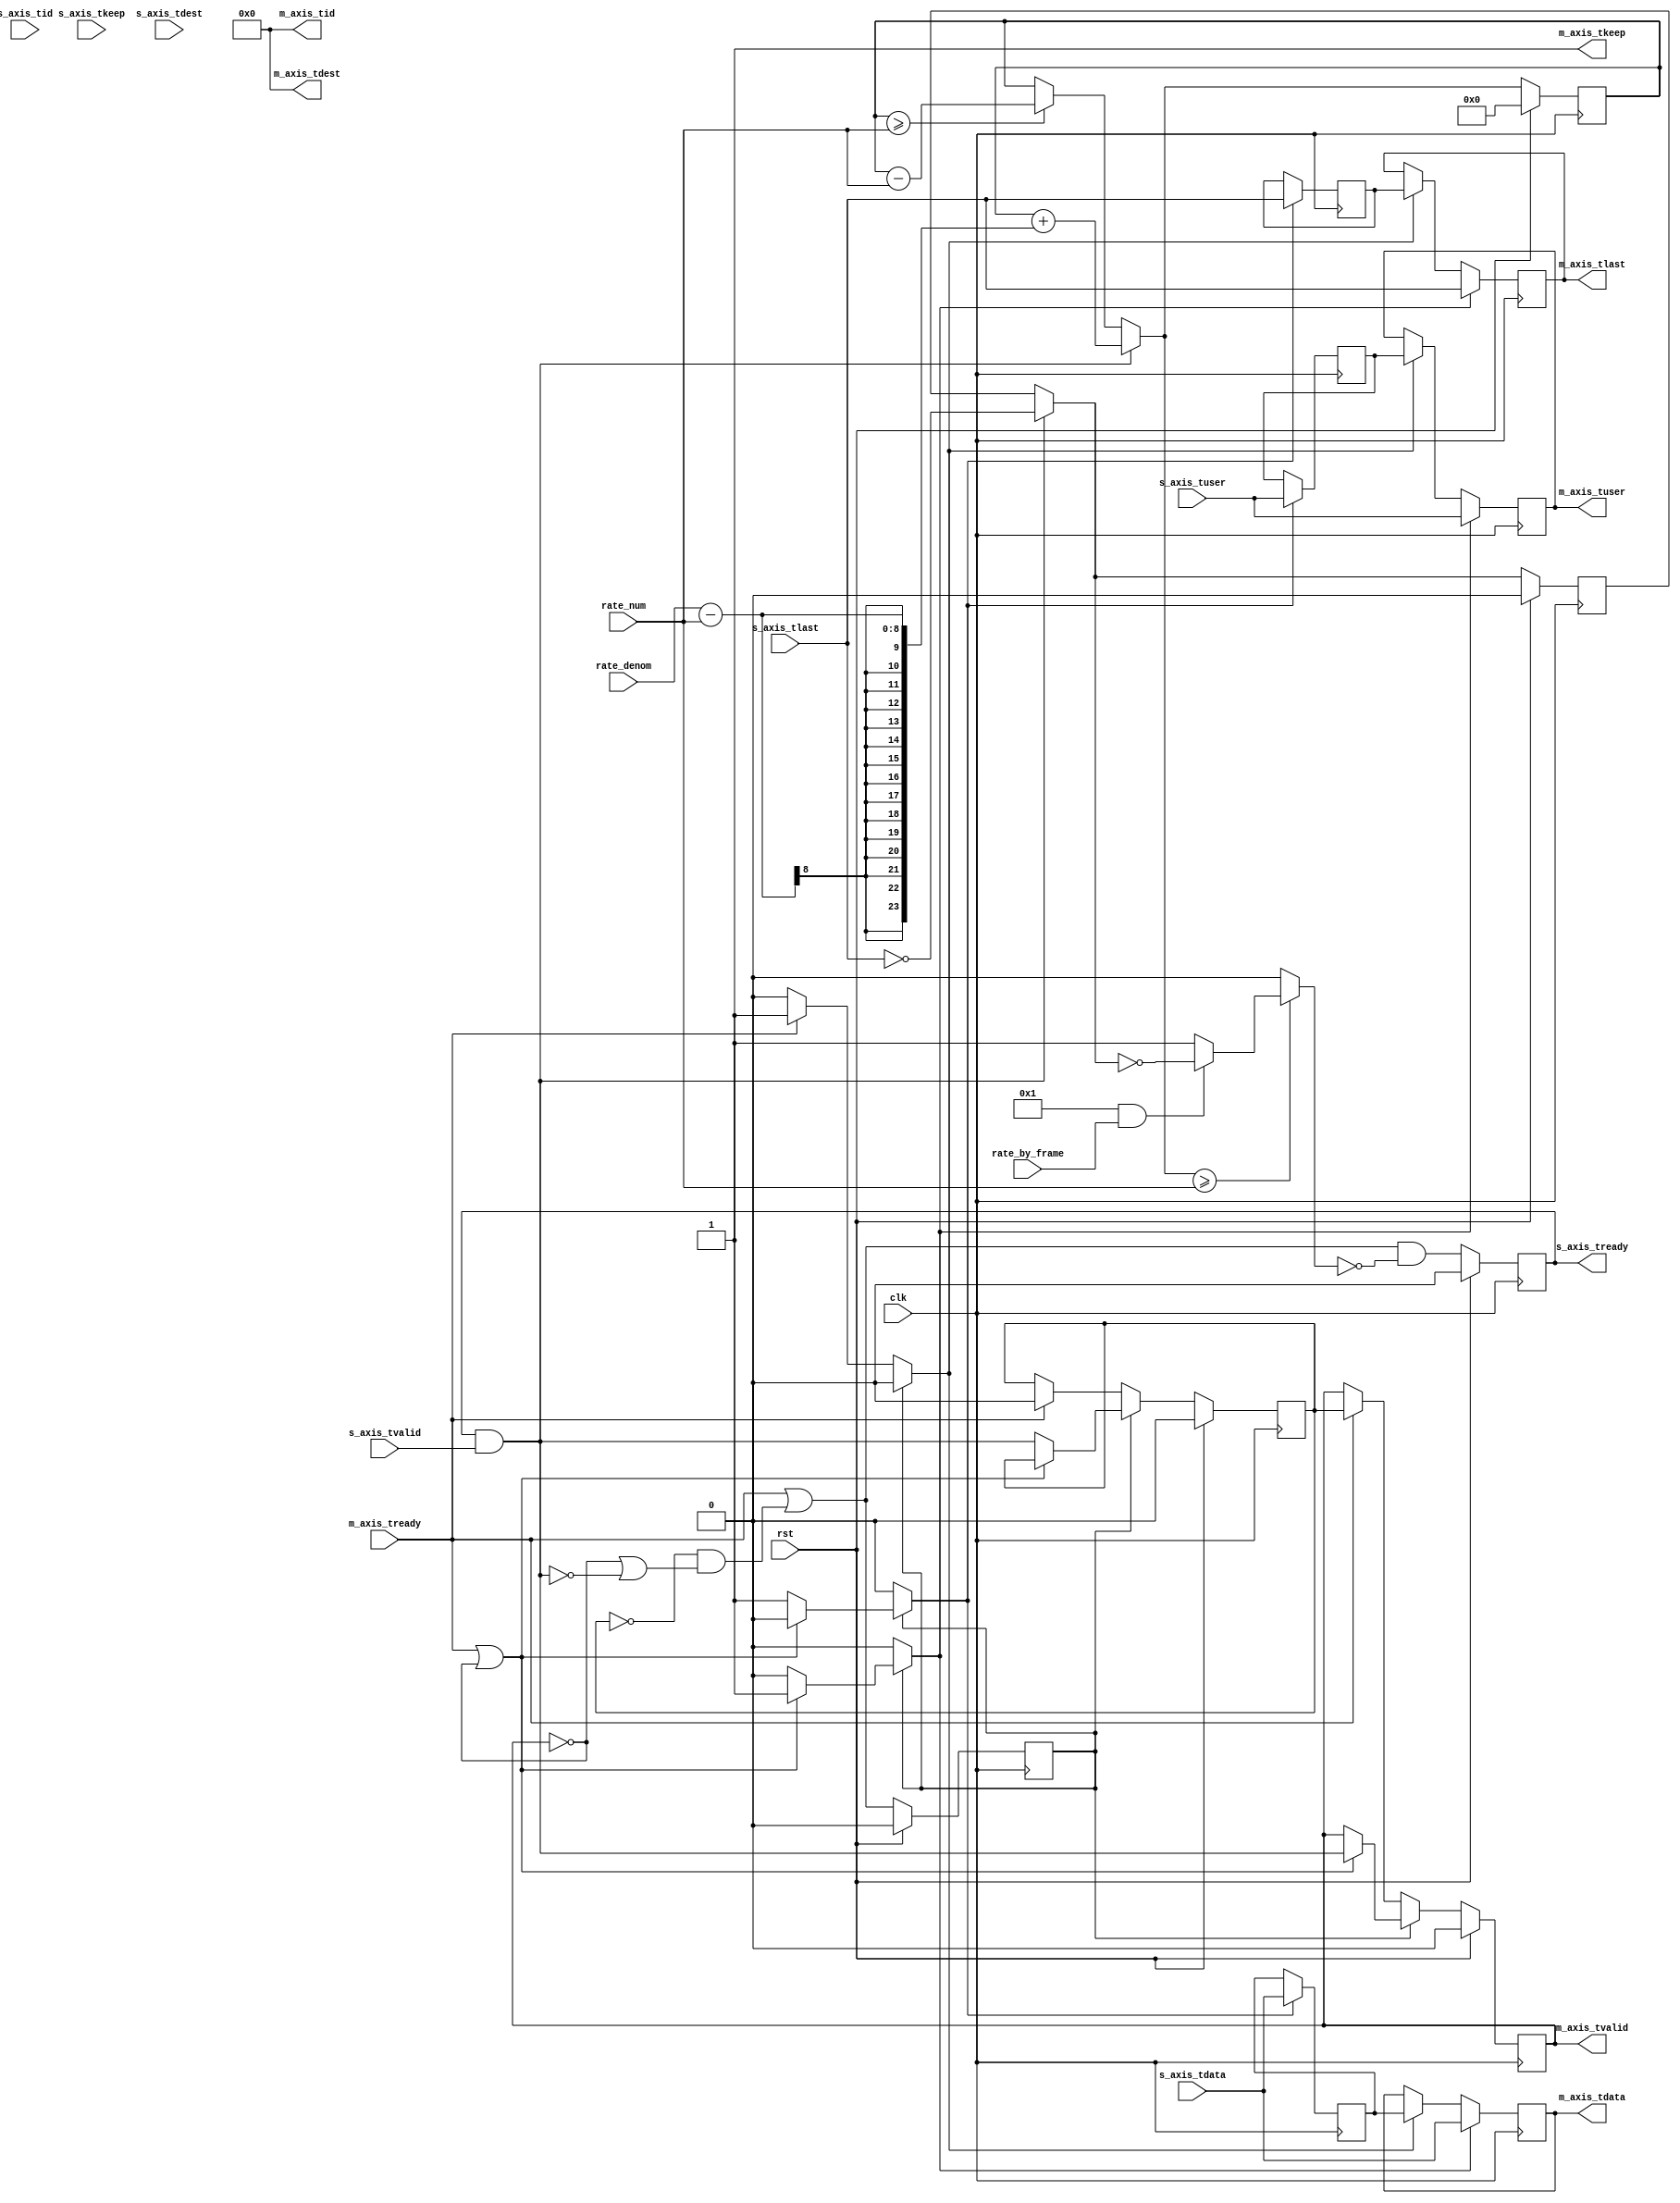
/*

Copyright (c) 2014-2018 Alex Forencich

Permission is hereby granted, free of charge, to any person obtaining a copy
of this software and associated documentation files (the "Software"), to deal
in the Software without restriction, including without limitation the rights
to use, copy, modify, merge, publish, distribute, sublicense, and/or sell
copies of the Software, and to permit persons to whom the Software is
furnished to do so, subject to the following conditions:

The above copyright notice and this permission notice shall be included in
all copies or substantial portions of the Software.

THE SOFTWARE IS PROVIDED "AS IS", WITHOUT WARRANTY OF ANY KIND, EXPRESS OR
IMPLIED, INCLUDING BUT NOT LIMITED TO THE WARRANTIES OF MERCHANTABILITY
FITNESS FOR A PARTICULAR PURPOSE AND NONINFRINGEMENT. IN NO EVENT SHALL THE
AUTHORS OR COPYRIGHT HOLDERS BE LIABLE FOR ANY CLAIM, DAMAGES OR OTHER
LIABILITY, WHETHER IN AN ACTION OF CONTRACT, TORT OR OTHERWISE, ARISING FROM,
OUT OF OR IN CONNECTION WITH THE SOFTWARE OR THE USE OR OTHER DEALINGS IN
THE SOFTWARE.

*/

// Language: Verilog 2001

`resetall
`timescale 1ns / 1ps
`default_nettype none

/*
 * AXI4-Stream rate limiter
 */
module axis_rate_limit #
(
    // Width of AXI stream interfaces in bits
    parameter DATA_WIDTH = 8,
    // Propagate tkeep signal
    // If disabled, tkeep assumed to be 1'b1
    parameter KEEP_ENABLE = (DATA_WIDTH>8),
    // tkeep signal width (words per cycle)
    parameter KEEP_WIDTH = ((DATA_WIDTH+7)/8),
    // Propagate tlast signal
    parameter LAST_ENABLE = 1,
    // Propagate tid signal
    parameter ID_ENABLE = 0,
    // tid signal width
    parameter ID_WIDTH = 8,
    // Propagate tdest signal
    parameter DEST_ENABLE = 0,
    // tdest signal width
    parameter DEST_WIDTH = 8,
    // Propagate tuser signal
    parameter USER_ENABLE = 1,
    // tuser signal width
    parameter USER_WIDTH = 1
)
(
    input  wire                   clk,
    input  wire                   rst,

    /*
     * AXI input
     */
    input  wire [DATA_WIDTH-1:0]  s_axis_tdata,
    input  wire [KEEP_WIDTH-1:0]  s_axis_tkeep,
    input  wire                   s_axis_tvalid,
    output wire                   s_axis_tready,
    input  wire                   s_axis_tlast,
    input  wire [ID_WIDTH-1:0]    s_axis_tid,
    input  wire [DEST_WIDTH-1:0]  s_axis_tdest,
    input  wire [USER_WIDTH-1:0]  s_axis_tuser,

    /*
     * AXI output
     */
    output wire [DATA_WIDTH-1:0]  m_axis_tdata,
    output wire [KEEP_WIDTH-1:0]  m_axis_tkeep,
    output wire                   m_axis_tvalid,
    input  wire                   m_axis_tready,
    output wire                   m_axis_tlast,
    output wire [ID_WIDTH-1:0]    m_axis_tid,
    output wire [DEST_WIDTH-1:0]  m_axis_tdest,
    output wire [USER_WIDTH-1:0]  m_axis_tuser,

    /*
     * Configuration
     */
    input  wire [7:0]             rate_num,
    input  wire [7:0]             rate_denom,
    input  wire                   rate_by_frame
);

// internal datapath
reg  [DATA_WIDTH-1:0] m_axis_tdata_int;
reg  [KEEP_WIDTH-1:0] m_axis_tkeep_int;
reg                   m_axis_tvalid_int;
reg                   m_axis_tready_int_reg = 1'b0;
reg                   m_axis_tlast_int;
reg  [ID_WIDTH-1:0]   m_axis_tid_int;
reg  [DEST_WIDTH-1:0] m_axis_tdest_int;
reg  [USER_WIDTH-1:0] m_axis_tuser_int;
wire                  m_axis_tready_int_early;

reg [23:0] acc_reg = 24'd0, acc_next;
reg pause;
reg frame_reg = 1'b0, frame_next;

reg s_axis_tready_reg = 1'b0, s_axis_tready_next;

assign s_axis_tready = s_axis_tready_reg;

always @* begin
    acc_next = acc_reg;
    pause = 1'b0;
    frame_next = frame_reg;

    if (acc_reg >= rate_num) begin
        acc_next = acc_reg - rate_num;
    end

    if (s_axis_tready && s_axis_tvalid) begin
        // read input
        frame_next = !s_axis_tlast;
        acc_next = acc_reg + (rate_denom - rate_num);
    end

    if (acc_next >= rate_num) begin
        if (LAST_ENABLE && rate_by_frame) begin
            pause = !frame_next;
        end else begin
            pause = 1'b1;
        end
    end

    s_axis_tready_next = m_axis_tready_int_early && !pause;

    m_axis_tdata_int  = s_axis_tdata;
    m_axis_tkeep_int  = s_axis_tkeep;
    m_axis_tvalid_int = s_axis_tvalid && s_axis_tready;
    m_axis_tlast_int  = s_axis_tlast;
    m_axis_tid_int    = s_axis_tid;
    m_axis_tdest_int  = s_axis_tdest;
    m_axis_tuser_int  = s_axis_tuser;
end

always @(posedge clk) begin
    acc_reg <= acc_next;
    frame_reg <= frame_next;
    s_axis_tready_reg <= s_axis_tready_next;

    if (rst) begin
        acc_reg <= 24'd0;
        frame_reg <= 1'b0;
        s_axis_tready_reg <= 1'b0;
    end
end

// output datapath logic
reg [DATA_WIDTH-1:0] m_axis_tdata_reg  = {DATA_WIDTH{1'b0}};
reg [KEEP_WIDTH-1:0] m_axis_tkeep_reg  = {KEEP_WIDTH{1'b0}};
reg                  m_axis_tvalid_reg = 1'b0, m_axis_tvalid_next;
reg                  m_axis_tlast_reg  = 1'b0;
reg [ID_WIDTH-1:0]   m_axis_tid_reg    = {ID_WIDTH{1'b0}};
reg [DEST_WIDTH-1:0] m_axis_tdest_reg  = {DEST_WIDTH{1'b0}};
reg [USER_WIDTH-1:0] m_axis_tuser_reg  = {USER_WIDTH{1'b0}};

reg [DATA_WIDTH-1:0] temp_m_axis_tdata_reg  = {DATA_WIDTH{1'b0}};
reg [KEEP_WIDTH-1:0] temp_m_axis_tkeep_reg  = {KEEP_WIDTH{1'b0}};
reg                  temp_m_axis_tvalid_reg = 1'b0, temp_m_axis_tvalid_next;
reg                  temp_m_axis_tlast_reg  = 1'b0;
reg [ID_WIDTH-1:0]   temp_m_axis_tid_reg    = {ID_WIDTH{1'b0}};
reg [DEST_WIDTH-1:0] temp_m_axis_tdest_reg  = {DEST_WIDTH{1'b0}};
reg [USER_WIDTH-1:0] temp_m_axis_tuser_reg  = {USER_WIDTH{1'b0}};

// datapath control
reg store_axis_int_to_output;
reg store_axis_int_to_temp;
reg store_axis_temp_to_output;

assign m_axis_tdata  = m_axis_tdata_reg;
assign m_axis_tkeep  = KEEP_ENABLE ? m_axis_tkeep_reg : {KEEP_WIDTH{1'b1}};
assign m_axis_tvalid = m_axis_tvalid_reg;
assign m_axis_tlast  = LAST_ENABLE ? m_axis_tlast_reg : 1'b1;
assign m_axis_tid    = ID_ENABLE   ? m_axis_tid_reg   : {ID_WIDTH{1'b0}};
assign m_axis_tdest  = DEST_ENABLE ? m_axis_tdest_reg : {DEST_WIDTH{1'b0}};
assign m_axis_tuser  = USER_ENABLE ? m_axis_tuser_reg : {USER_WIDTH{1'b0}};

// enable ready input next cycle if output is ready or the temp reg will not be filled on the next cycle (output reg empty or no input)
assign m_axis_tready_int_early = m_axis_tready || (!temp_m_axis_tvalid_reg && (!m_axis_tvalid_reg || !m_axis_tvalid_int));

always @* begin
    // transfer sink ready state to source
    m_axis_tvalid_next = m_axis_tvalid_reg;
    temp_m_axis_tvalid_next = temp_m_axis_tvalid_reg;

    store_axis_int_to_output = 1'b0;
    store_axis_int_to_temp = 1'b0;
    store_axis_temp_to_output = 1'b0;

    if (m_axis_tready_int_reg) begin
        // input is ready
        if (m_axis_tready || !m_axis_tvalid_reg) begin
            // output is ready or currently not valid, transfer data to output
            m_axis_tvalid_next = m_axis_tvalid_int;
            store_axis_int_to_output = 1'b1;
        end else begin
            // output is not ready, store input in temp
            temp_m_axis_tvalid_next = m_axis_tvalid_int;
            store_axis_int_to_temp = 1'b1;
        end
    end else if (m_axis_tready) begin
        // input is not ready, but output is ready
        m_axis_tvalid_next = temp_m_axis_tvalid_reg;
        temp_m_axis_tvalid_next = 1'b0;
        store_axis_temp_to_output = 1'b1;
    end
end

always @(posedge clk) begin
    m_axis_tvalid_reg <= m_axis_tvalid_next;
    m_axis_tready_int_reg <= m_axis_tready_int_early;
    temp_m_axis_tvalid_reg <= temp_m_axis_tvalid_next;

    // datapath
    if (store_axis_int_to_output) begin
        m_axis_tdata_reg <= m_axis_tdata_int;
        m_axis_tkeep_reg <= m_axis_tkeep_int;
        m_axis_tlast_reg <= m_axis_tlast_int;
        m_axis_tid_reg   <= m_axis_tid_int;
        m_axis_tdest_reg <= m_axis_tdest_int;
        m_axis_tuser_reg <= m_axis_tuser_int;
    end else if (store_axis_temp_to_output) begin
        m_axis_tdata_reg <= temp_m_axis_tdata_reg;
        m_axis_tkeep_reg <= temp_m_axis_tkeep_reg;
        m_axis_tlast_reg <= temp_m_axis_tlast_reg;
        m_axis_tid_reg   <= temp_m_axis_tid_reg;
        m_axis_tdest_reg <= temp_m_axis_tdest_reg;
        m_axis_tuser_reg <= temp_m_axis_tuser_reg;
    end

    if (store_axis_int_to_temp) begin
        temp_m_axis_tdata_reg <= m_axis_tdata_int;
        temp_m_axis_tkeep_reg <= m_axis_tkeep_int;
        temp_m_axis_tlast_reg <= m_axis_tlast_int;
        temp_m_axis_tid_reg   <= m_axis_tid_int;
        temp_m_axis_tdest_reg <= m_axis_tdest_int;
        temp_m_axis_tuser_reg <= m_axis_tuser_int;
    end

    if (rst) begin
        m_axis_tvalid_reg <= 1'b0;
        m_axis_tready_int_reg <= 1'b0;
        temp_m_axis_tvalid_reg <= 1'b0;
    end
end

endmodule

`resetall